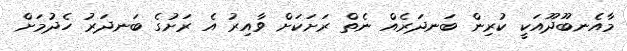
މާއެނބޫދޫއަކީ ކުރިން ބަނދަރެއް ނެތް ރަށަކަށް ވާއިރު އެ ރަށުގެ ބަނދަރު ހެދުމަށް